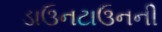
ડાઉનટાઉનની